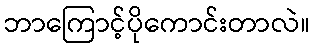
ဘာကြောင့်ပိုကောင်းတာလဲ။